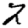
Digit: 2